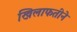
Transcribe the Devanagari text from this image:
खिलाफतीने